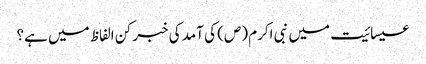
عیسائیت میں نبی اکرم (ص) کی آمد کی خبر کن الفاظ میں‌ ہے؟